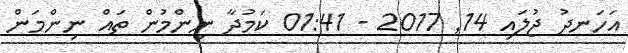
އަހަނދު ޖުލައި 14